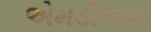
એમડીઆર